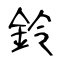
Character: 鈴